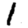
Digit: 1